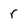
Character: r